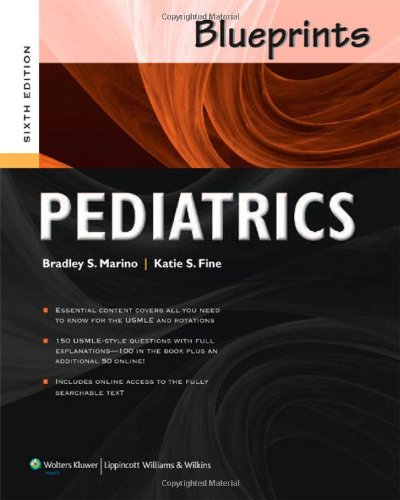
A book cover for Blueprints Pediatrics (Blueprints Series); Bradley S. Marino MD  MPP  MSCE; Test Preparation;